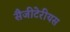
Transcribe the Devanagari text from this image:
सैजीटेरीयस